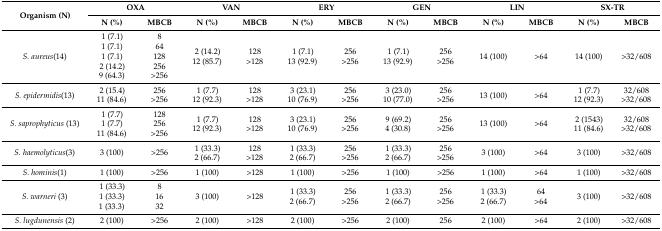
<table><thead><tr><td rowspan="2"><b>Organism (N)</b></td><td colspan="2"><b>OXA</b></td><td colspan="2"><b>VAN</b></td><td colspan="2"><b>ERY</b></td><td colspan="2"><b>GEN</b></td><td colspan="2"><b>LIN</b></td><td colspan="2"><b>SX-TR</b></td></tr><tr><td><b>N (%)</b></td><td><b>MBCB</b></td><td><b>N (%)</b></td><td><b>MBCB</b></td><td><b>N (%)</b></td><td><b>MBCB</b></td><td><b>N (%)</b></td><td><b>MBCB</b></td><td><b>N (%)</b></td><td><b>MBCB</b></td><td><b>N (%)</b></td><td><b>MBCB</b></td></tr></thead><tbody><tr><td><i>S. aureus</i>(14)</td><td>1 (7.1)1 (7.1)1 (7.1)2 (14.2)9 (64.3)</td><td>864128256&gt;256</td><td>2 (14.2)12 (85.7)</td><td>128&gt;128</td><td>1 (7.1)13 (92.9)</td><td>256&gt;256</td><td>1 (7.1)13 (92.9)</td><td>256&gt;256</td><td>14 (100)</td><td>&gt;64</td><td>14 (100)</td><td>&gt;32/608</td></tr><tr><td><i>S. epidermidis</i>(13)</td><td>2 (15.4)11 (84.6)</td><td>256&gt;256</td><td>1 (7.7)12 (92.3)</td><td>128&gt;128</td><td>3 (23.1)10 (76.9)</td><td>256&gt;256</td><td>3 (23.0)10 (77.0)</td><td>256&gt;256</td><td>13 (100)</td><td>&gt;64</td><td>1 (7.7)12 (92.3)</td><td>32/608&gt;32/608</td></tr><tr><td><i>S. saprophyticus</i> (13)</td><td>1 (7.7)1 (7.7)11 (84.6)</td><td>128256&gt;256</td><td>1 (7.7)12 (92.3)</td><td>128&gt;128</td><td>3 (23.1)10 (76.9)</td><td>256&gt;256</td><td>9 (69.2)4 (30.8)</td><td>256&gt;256</td><td>13 (100)</td><td>&gt;64</td><td>2 (1543)11 (84.6)</td><td>32/608&gt;32/608</td></tr><tr><td><i>S. haemolyticus</i>(3)</td><td>3 (100)</td><td>&gt;256</td><td>1 (33.3)2 (66.7)</td><td>128&gt;128</td><td>1 (33.3)2 (66.7)</td><td>256&gt;256</td><td>1 (33.3)2 (66.7)</td><td>256&gt;256</td><td>3 (100)</td><td>&gt;64</td><td>3 (100)</td><td>&gt;32/608</td></tr><tr><td><i>S. hominis</i>(1)</td><td>1 (100)</td><td>&gt;256</td><td>1 (100)</td><td>&gt;128</td><td>1 (100)</td><td>&gt;256</td><td>1 (100)</td><td>&gt;256</td><td>1 (100)</td><td>&gt;64</td><td>1 (100)</td><td>&gt;32/608</td></tr><tr><td><i>S. warneri</i> (3)</td><td>1 (33.3)1 (33.3)1 (33.3)</td><td>81632</td><td>3 (100)</td><td>&gt;128</td><td>1 (33.3)2 (66.7)</td><td>256&gt;256</td><td>1 (33.3)2 (66.7)</td><td>256&gt;256</td><td>1 (33.3)2 (66.7)</td><td>64&gt;64</td><td>3 (100)</td><td>&gt;32/608</td></tr><tr><td><i>S. lugdunensis</i> (2)</td><td>2 (100)</td><td>&gt;256</td><td>2 (100)</td><td>&gt;128</td><td>2 (100)</td><td>&gt;256</td><td>2 (100)</td><td>256</td><td>2 (100)</td><td>&gt;64</td><td>2 (100)</td><td>&gt;32/608</td></tr></tbody></table>